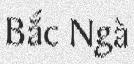
Bắc Ngà